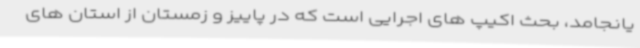
یانجامد، بحث اکیپ های اجرایی است که در پاییز و زمستان از استان های